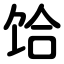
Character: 饸